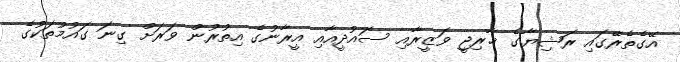
އޭގެތެރޭގައި ރަޝިޔާގެ ޚާރިޖީ ވަޒީރާއި ސައުދީއާއި އީރާނުގެ އިތުރުން ވަރަށް ގިނަ ގައުމުތަކުގެ